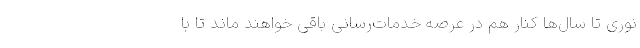
نوری تا سال‌ها کنار هم در عرصه خدمات‌رسانی باقی خواهند ماند تا با